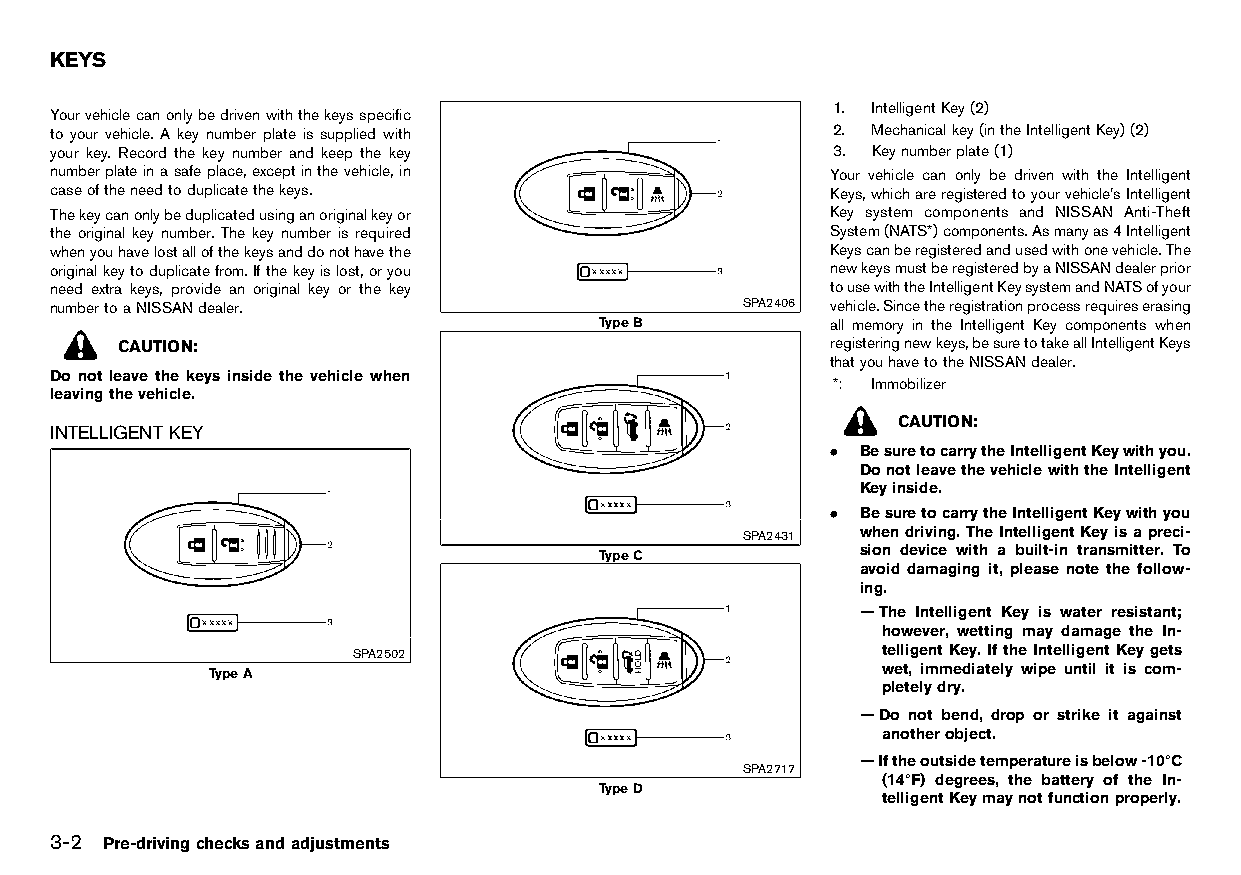
(110,1)
 KEYS
 HT32A1-E11C932E-F30B-4411-97B5-EA688B6B0391  1. IntelligentKey(2)
 Yourvehiclecanonlybedrivenwiththekeysspecific
 to your vehicle. A key number plate is supplied with 2. Mechanicalkey(intheIntelligentKey)(2)
 your key. Record the key number and keep the key    3. Keynumberplate(1)
 numberplateinasafeplace,exceptinthevehicle,in       Your vehicle can only be driven with the Intelligent
 caseoftheneedtoduplicatethekeys.                    Keys,whichareregisteredtoyourvehicle’sIntelligent
 Thekeycanonlybeduplicatedusinganoriginalkeyor       Key system components and NISSAN Anti-Theft
 the original key number. The key number is required System(NATS*)components.Asmanyas4Intelligent
 whenyouhavelostallofthekeysanddonothavethe          Keyscanberegisteredandusedwithonevehicle.The
 originalkeytoduplicatefrom.Ifthekeyislost,oryou     newkeysmustberegisteredbyaNISSANdealerprior
 need extra keys, provide an original key or the key tousewiththeIntelligentKeysystemandNATSofyour
 numbertoaNISSANdealer.                        SPA2406 vehicle.Sincetheregistrationprocessrequireserasing
 TypeB           all memory in the Intelligent Key components when
 CAUTION:                                       registeringnewkeys,besuretotakeallIntelligentKeys
 thatyouhavetotheNISSANdealer.
 Do not leave the keys inside the vehicle when
 *: Immobilizer
 leavingthevehicle.
 CAUTION:
 INTELLIGENT KEY
 HT32A1-123A59C3-A700-4E5D-948F-6D7A8798CC0D  . BesuretocarrytheIntelligentKeywithyou.
 DonotleavethevehiclewiththeIntelligent
 Keyinside.
 . BesuretocarrytheIntelligentKeywithyou
 SPA2431 whendriving.TheIntelligentKeyisapreci-
 TypeC             sion device with a built-in transmitter. To
 avoid damaging it, please note the follow-
 ing.
 —The Intelligent Key is water resistant;
 however, wetting may damage the In-
 SPA2502                            telligentKey.IftheIntelligentKeygets
 TypeA                                       wet, immediately wipe until it is com-
 pletelydry.
 —Do not bend, drop or strike it against
 anotherobject.
 —Iftheoutsidetemperatureisbelow-108C
 SPA2717
 (148F) degrees, the battery of the In-
 TypeD
 telligentKeymaynotfunctionproperly.
 3-2 Pre-drivingchecksandadjustments
 Condition:                        [Edit:2015/8/24 Model: HT32-A]